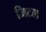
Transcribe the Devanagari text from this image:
जिटल